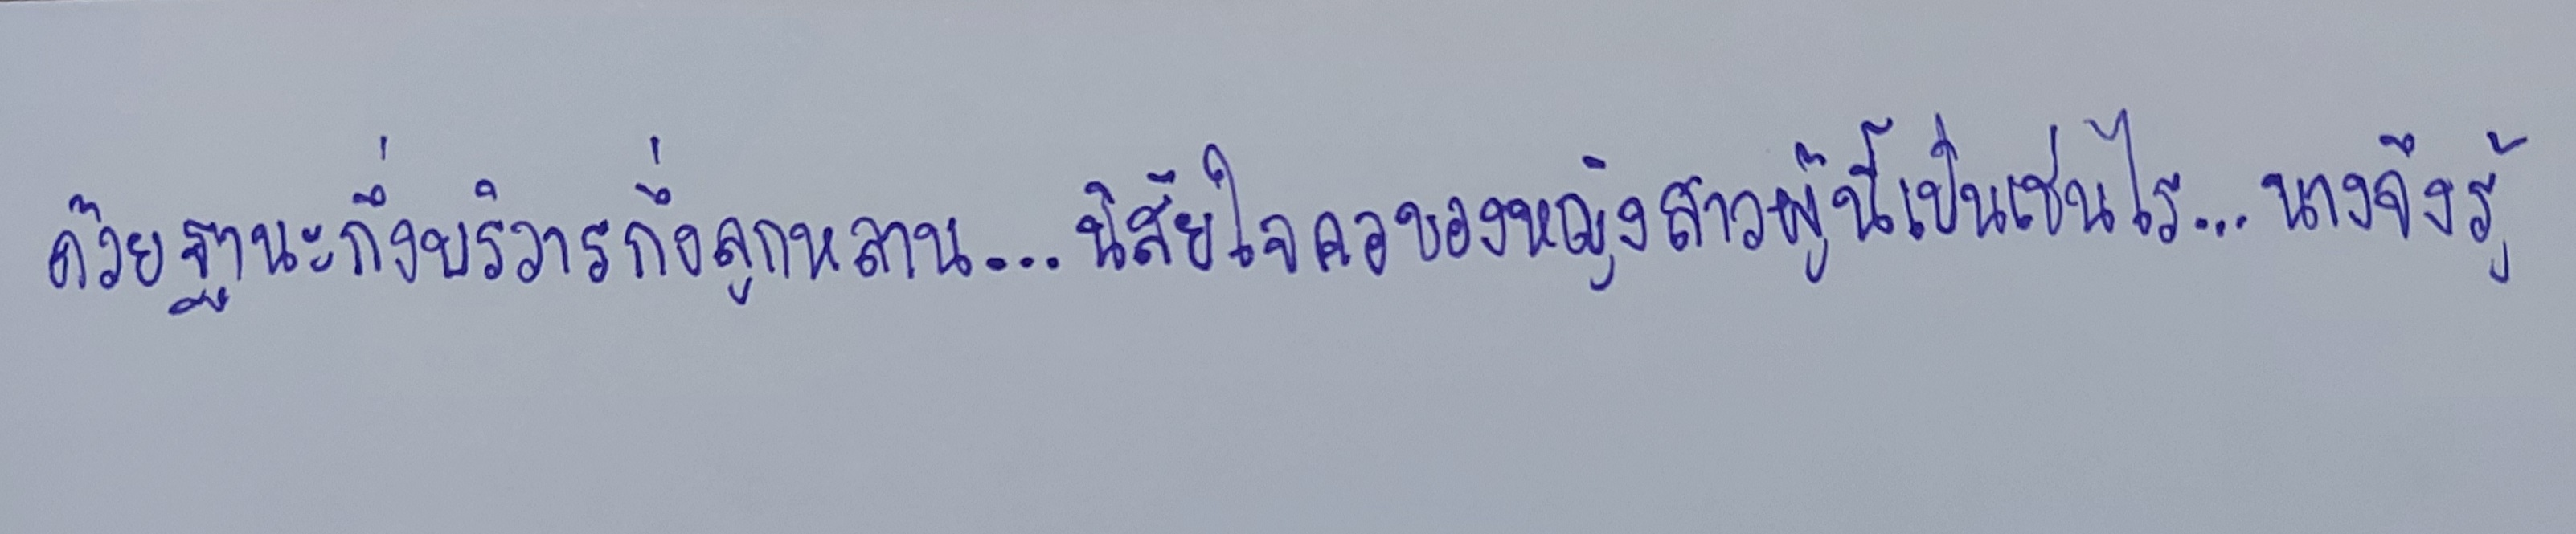
ด้วยฐานะกึ่งบริวารกึ่งลูกหลาน...นิสัยใจคอของหญิงสาวผู้นี้เป็นเช่นไร...นางจึงรู้